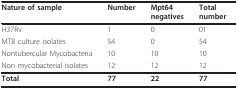
<table><thead><tr><td><b>Nature of sample</b></td><td><b>Number</b></td><td><b>Mpt64 negatives</b></td><td><b>Total number</b></td></tr></thead><tbody><tr><td>H37Rv</td><td>1</td><td>0</td><td>01</td></tr><tr><td>MTB culture isolates</td><td>54</td><td>0</td><td>54</td></tr><tr><td>Nontubercular Mycobacteria</td><td>10</td><td>10</td><td>10</td></tr><tr><td>Non mycobacterial isolates</td><td>12</td><td>12</td><td>12</td></tr><tr><td><b>Total</b></td><td><b>77</b></td><td><b>22</b></td><td><b>77</b></td></tr></tbody></table>